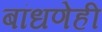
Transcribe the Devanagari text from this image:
बांधणेही